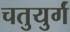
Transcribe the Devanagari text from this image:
चतुयुर्गं